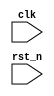
// =============================================================================
// @File         :  top_test.v
// @Author       :  Jiangxuan Li
// @Created      :  2022/3/20 21:36:01
// @Description  :  top test file for modules
// 
// -----------------------------------------------------------------------------
// History
// -----------------------------------------------------------------------------
// Ver  :| Author  :| Mod. Date          :| Changes Made :|
// 0.1   | Jx L     | 2022/3/20 21:36:01 | original
// =============================================================================

module top_test (
	 input clk    // Clock
	,input rst_n
);



endmodule